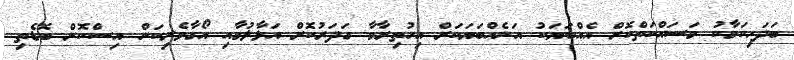
ބަދަހިކަމާކު މަސައްކަތްކޮށް އެއްބަޔަކު އަނެއްބަޔަކަށް އިހުތިރާމާ ގަދަރުކޮށް އަޅާލުމާއި އޯގާވެރިކަން އިސްކޮށް ބޮޑެތި